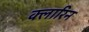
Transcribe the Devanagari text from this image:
क्लारिन